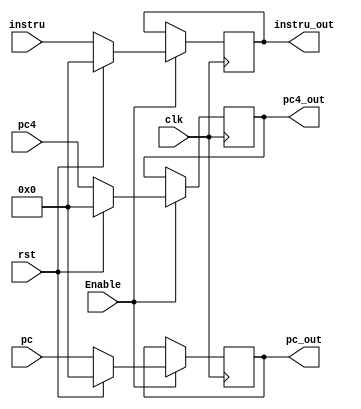
`timescale 1ns / 1ps
//////////////////////////////////////////////////////////////////////////////////
// Company: 
// Engineer: 
// 
// Design Name: 
// Module Name: IF_ID
// Project Name: 
// Target Devices: 
// Tool Versions: 
// Description: 
// 
// Dependencies: 
// 
// Revision:
// Revision 0.01 - File Created
// Additional Comments:
// 
//////////////////////////////////////////////////////////////////////////////////


module IF_ID(
    clk,rst,Enable,instru, pc4,
    instru_out,pc4_out,pc,pc_out
    );
    input clk;
    input rst;
    input Enable;
    input [31:0] instru;
    input [31:0] pc4;
    input [31:0] pc;
    output reg [31:0] instru_out;
    output reg [31:0] pc4_out;
    output reg [31:0] pc_out;
    initial begin
        instru_out <= 0;
        pc4_out <= 0;
        pc_out <= 0;
    end
    always @(posedge clk) begin
        if(Enable) begin
            if(rst) begin
                instru_out <= 0;
                pc4_out <= 0;
                pc_out <= 0;
            end
            else begin
                instru_out <= instru;
                pc4_out <= pc4;
                pc_out <= pc;
            end
        end
        else begin
            instru_out <= instru_out;
            pc4_out <= pc4_out;
            pc_out <= pc_out;
        end
    end
endmodule